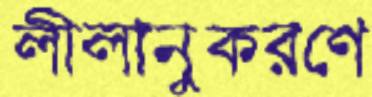
লীলানুকরণে